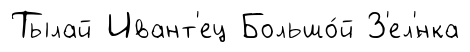
Тылай Ивант'ец Большо́й З'ел'́нка